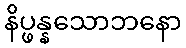
နိပ္ဖန္နသောဘနော